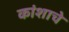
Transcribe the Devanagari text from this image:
कांशाचे